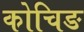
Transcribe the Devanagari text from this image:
कोचिङ